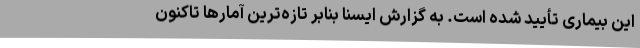
این بیماری تأیید شده است. به گزارش ایسنا بنابر تازه‌ترین آمارها تاکنون